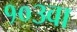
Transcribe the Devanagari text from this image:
१०३वा